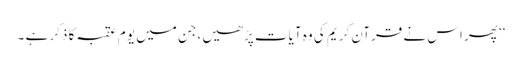
‘‘ پھر اس نے قرآن کریم کی وہ آیات پڑھیں ،جن میں یو م عقبہ کا ذکر ہے ۔